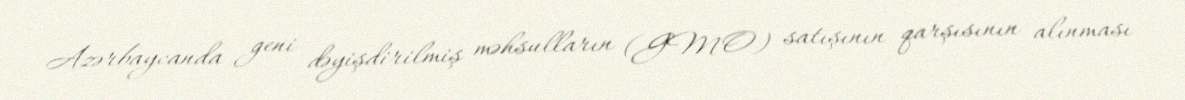
Azərbaycanda geni dəyişdirilmiş məhsulların (GMO) satışının qarşısının alınması